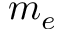
m _ { e }